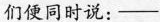
们便同时说：——